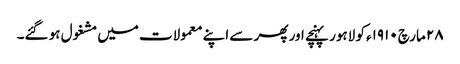
٢٨ مارچ ١٩١٠ء کو لاہور پہنچے اور پھر سے اپنے معمولات میں مشغول ہو گئے۔